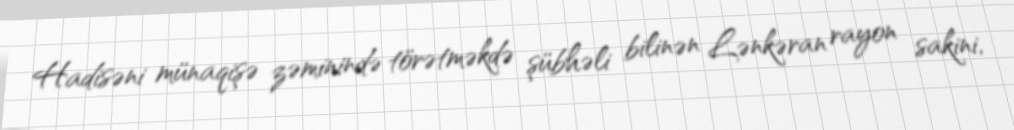
Hadisəni münaqişə zəminində törətməkdə şübhəli bilinən Lənkəran rayon sakini,